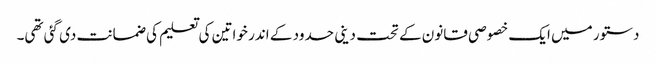
دستور میں ایک خصوصی قانون کے تحت دینی حدود کے اندر خواتین کی تعلیم کی ضمانت دی گئی تھی۔